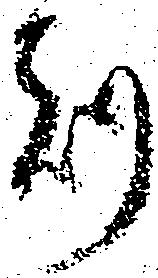
刻